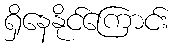
ရှိနေနိုင်ကြောင်း